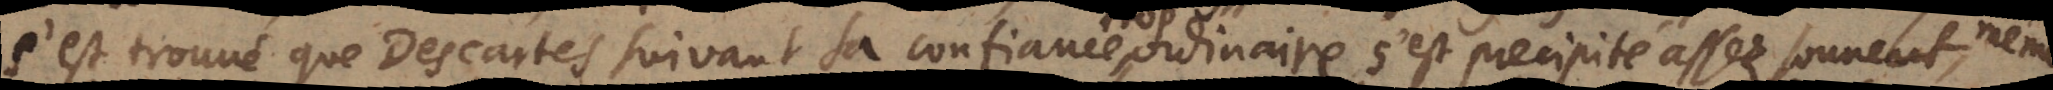
s’est trouvé que Descartes suivant sa confiance trop ordinaire s’est precipité assez souvent, même